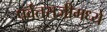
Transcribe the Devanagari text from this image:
पर्वतराजींमध्ये